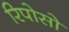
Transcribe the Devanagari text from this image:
रिपोसो